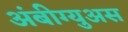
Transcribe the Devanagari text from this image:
अंबीग्युअस